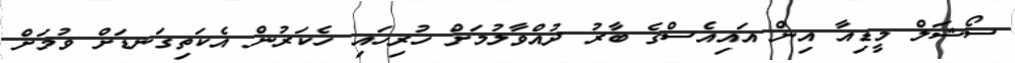
ސޯޝަލް މީޑިއާ އިން އައިއެސްގެ ބާރު ދުއްވާލުމަށް ހުރިހައި ހެކަރުން އެކަތިގަނޑަަށް ވުމަށް